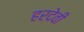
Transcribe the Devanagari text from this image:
हरदेवी